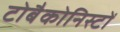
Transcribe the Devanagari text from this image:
टोबैकोनिस्टों